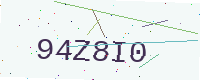
Text: 94Z8I0